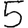
Digit: 5